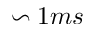
\backsim 1 m s